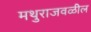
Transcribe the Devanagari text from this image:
मथुराजवळील